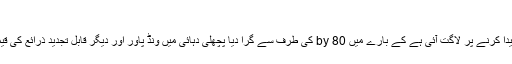
اقتدار پر فائز رہنا
شمسی توانائی سے بجلی پیدا کرنے پر لاگت آئی ہے کے بارے میں 80 by کی طرف سے گرا دیا پچھلی دہائی میں ونڈ پاور اور دیگر قابل تجدید ذرائع کی قیمت میں بھی کمی آئی ہے۔